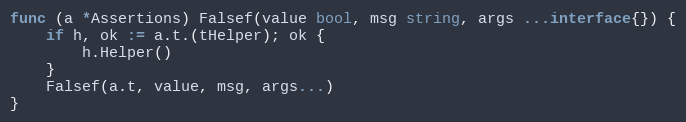
Language: Go
func (a *Assertions) Falsef(value bool, msg string, args ...interface{}) {
	if h, ok := a.t.(tHelper); ok {
		h.Helper()
	}
	Falsef(a.t, value, msg, args...)
}